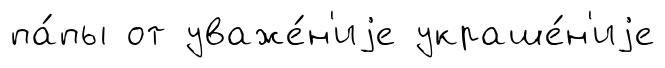
па́пы от уваже́н'иjе украше́н'иjе